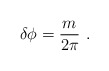
\begin{align*}\delta\phi = {m \over 2 \pi } \ .\end{align*}